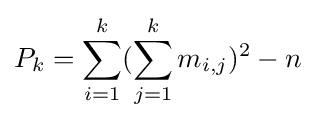
P_{k}=\sum _{i=1}^{k}(\sum _{j=1}^{k}m_{i,j})^{2}-n